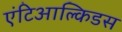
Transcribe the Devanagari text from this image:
एंटिआल्किडस